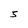
Character: 5